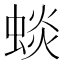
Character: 䗊